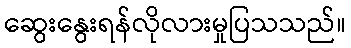
ဆွေးနွေးရန်လိုလားမှုပြသသည်။